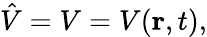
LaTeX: {\hat{V}}=V=V(\mathbf{r},t),